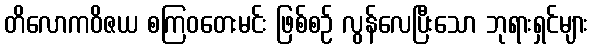
တိလောကဝိဇယ စကြဝတေးမင်း ဖြစ်စဉ် လွန်လေပြီးသော ဘုရားရှင်များ